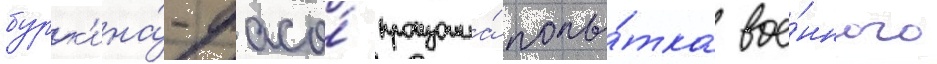
бурк'ина́-фасо́ произошла́ попы́тка вое́нного